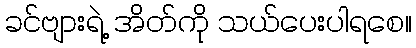
ခင်ဗျားရဲ့ အိတ်ကို သယ်ပေးပါရစေ။